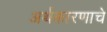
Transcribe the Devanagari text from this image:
अर्थकारणाचे